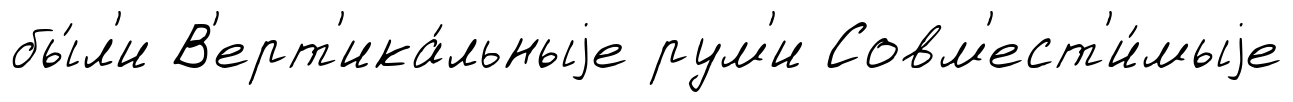
бы́л'и В'ерт'ика́льныjе рум'и Совм'ест'и́мыjе